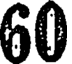
60